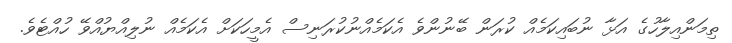
ތިމަންއިލާހުގެ އަޅާ ނުބައިކަމެއް ކުރަން ބޭނުންވެ އެކަމެއްނުކުރަނިސް އެމީހަކަށް އެކަމެއް ނުލިއްޔުއްވޭ ހުއްޓެވެ.